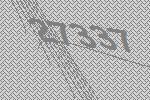
27337